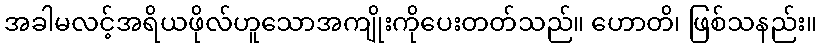
အခါမလင့်အရိယဖိုလ်ဟူသောအကျိုးကိုပေးတတ်သည်။ ဟောတိ၊ ဖြစ်သနည်း။